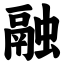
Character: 融